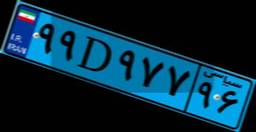
۹۹D۹۷۷۹۶